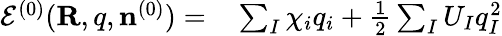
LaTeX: \begin{array}{rl}{{\cal E}^{(0)}({\mathbf R,q},{\mathbf n}^{(0)})=}&{{}\sum_{I}\chi_{i}q_{i}+\frac{1}{2}\sum_{I}U_{I}q_{I}^{2}}\end{array}